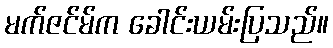
မက်ဇင်မ်က ခေါင်းယမ်းပြသည်။